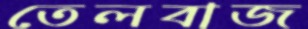
তেলবাজ